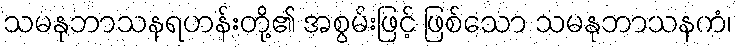
သမနုဘာသနရဟန်းတို့၏ အစွမ်းဖြင့် ဖြစ်သော သမနုဘာသနကံ၊